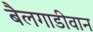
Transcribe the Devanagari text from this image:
बैलगाडीवान